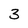
Character: 3